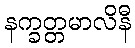
နက္ခတ္တမာလိနီ